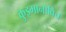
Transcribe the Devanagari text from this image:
कुझ्मानोविच